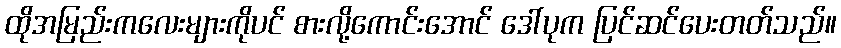
ထိုအမြည်းကလေးများကိုပင် စားလို့ကောင်းအောင် ဒေါ်ပုက ပြင်ဆင်ပေးတတ်သည်။